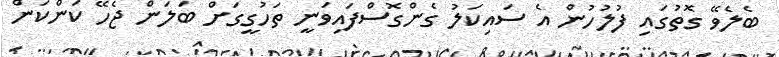
ބެލެވޭ ގޮތުގައި ފުލުހުން އެ ސައިކަލު ގެންގޮސްފައިވަނީ ތަހުގީގަށް ބަލަން ޖެހޭ ކަންކަން